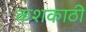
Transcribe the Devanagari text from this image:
कशकाठी